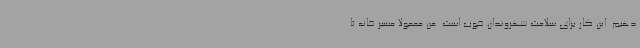
‌دهیم. این کار برای سلامت شهروندان خوب است. من معمولا مسیر خانه تا